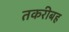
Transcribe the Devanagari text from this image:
तकरीबह